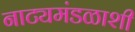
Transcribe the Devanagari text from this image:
नाट्यमंडळाशी